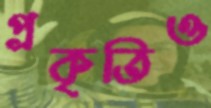
প্রকৃতিও